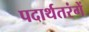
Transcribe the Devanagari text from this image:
पदार्थतरंगें